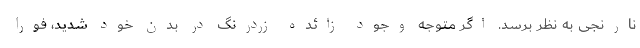
نارنجی به نظر برسد. اگر متوجه وجود زائده زردرنگ در بدن خود شدید، فورا